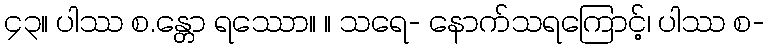
၄၃။ ပါဿ စ.န္တော ရဿော။ ။ သရေ- နောက်သရကြောင့်၊ ပါဿ စ-